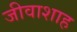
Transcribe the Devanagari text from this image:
जीवाशाह